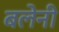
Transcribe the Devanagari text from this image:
बलेनी